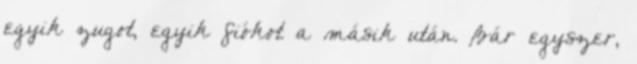
egyik zugot, egyik fiókot a másik után. Bár egyszer,